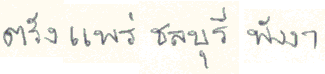
ตรังแพร่ชลบุรีพังงา